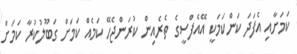
ކަމަށާއި އެފަދަ ކަންކަމަކީ އޭއެފްސީގެ ތެރެއިން ކުރަންޖެހޭ ކަމެއް ކަމަށް ގަބޫލުކުރާ ކަމަށް